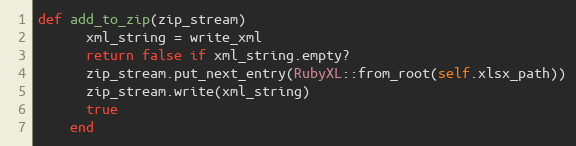
Language: Ruby
def add_to_zip(zip_stream)
      xml_string = write_xml
      return false if xml_string.empty?
      zip_stream.put_next_entry(RubyXL::from_root(self.xlsx_path))
      zip_stream.write(xml_string)
      true
    end